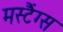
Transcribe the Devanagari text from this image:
मस्टैंग्स